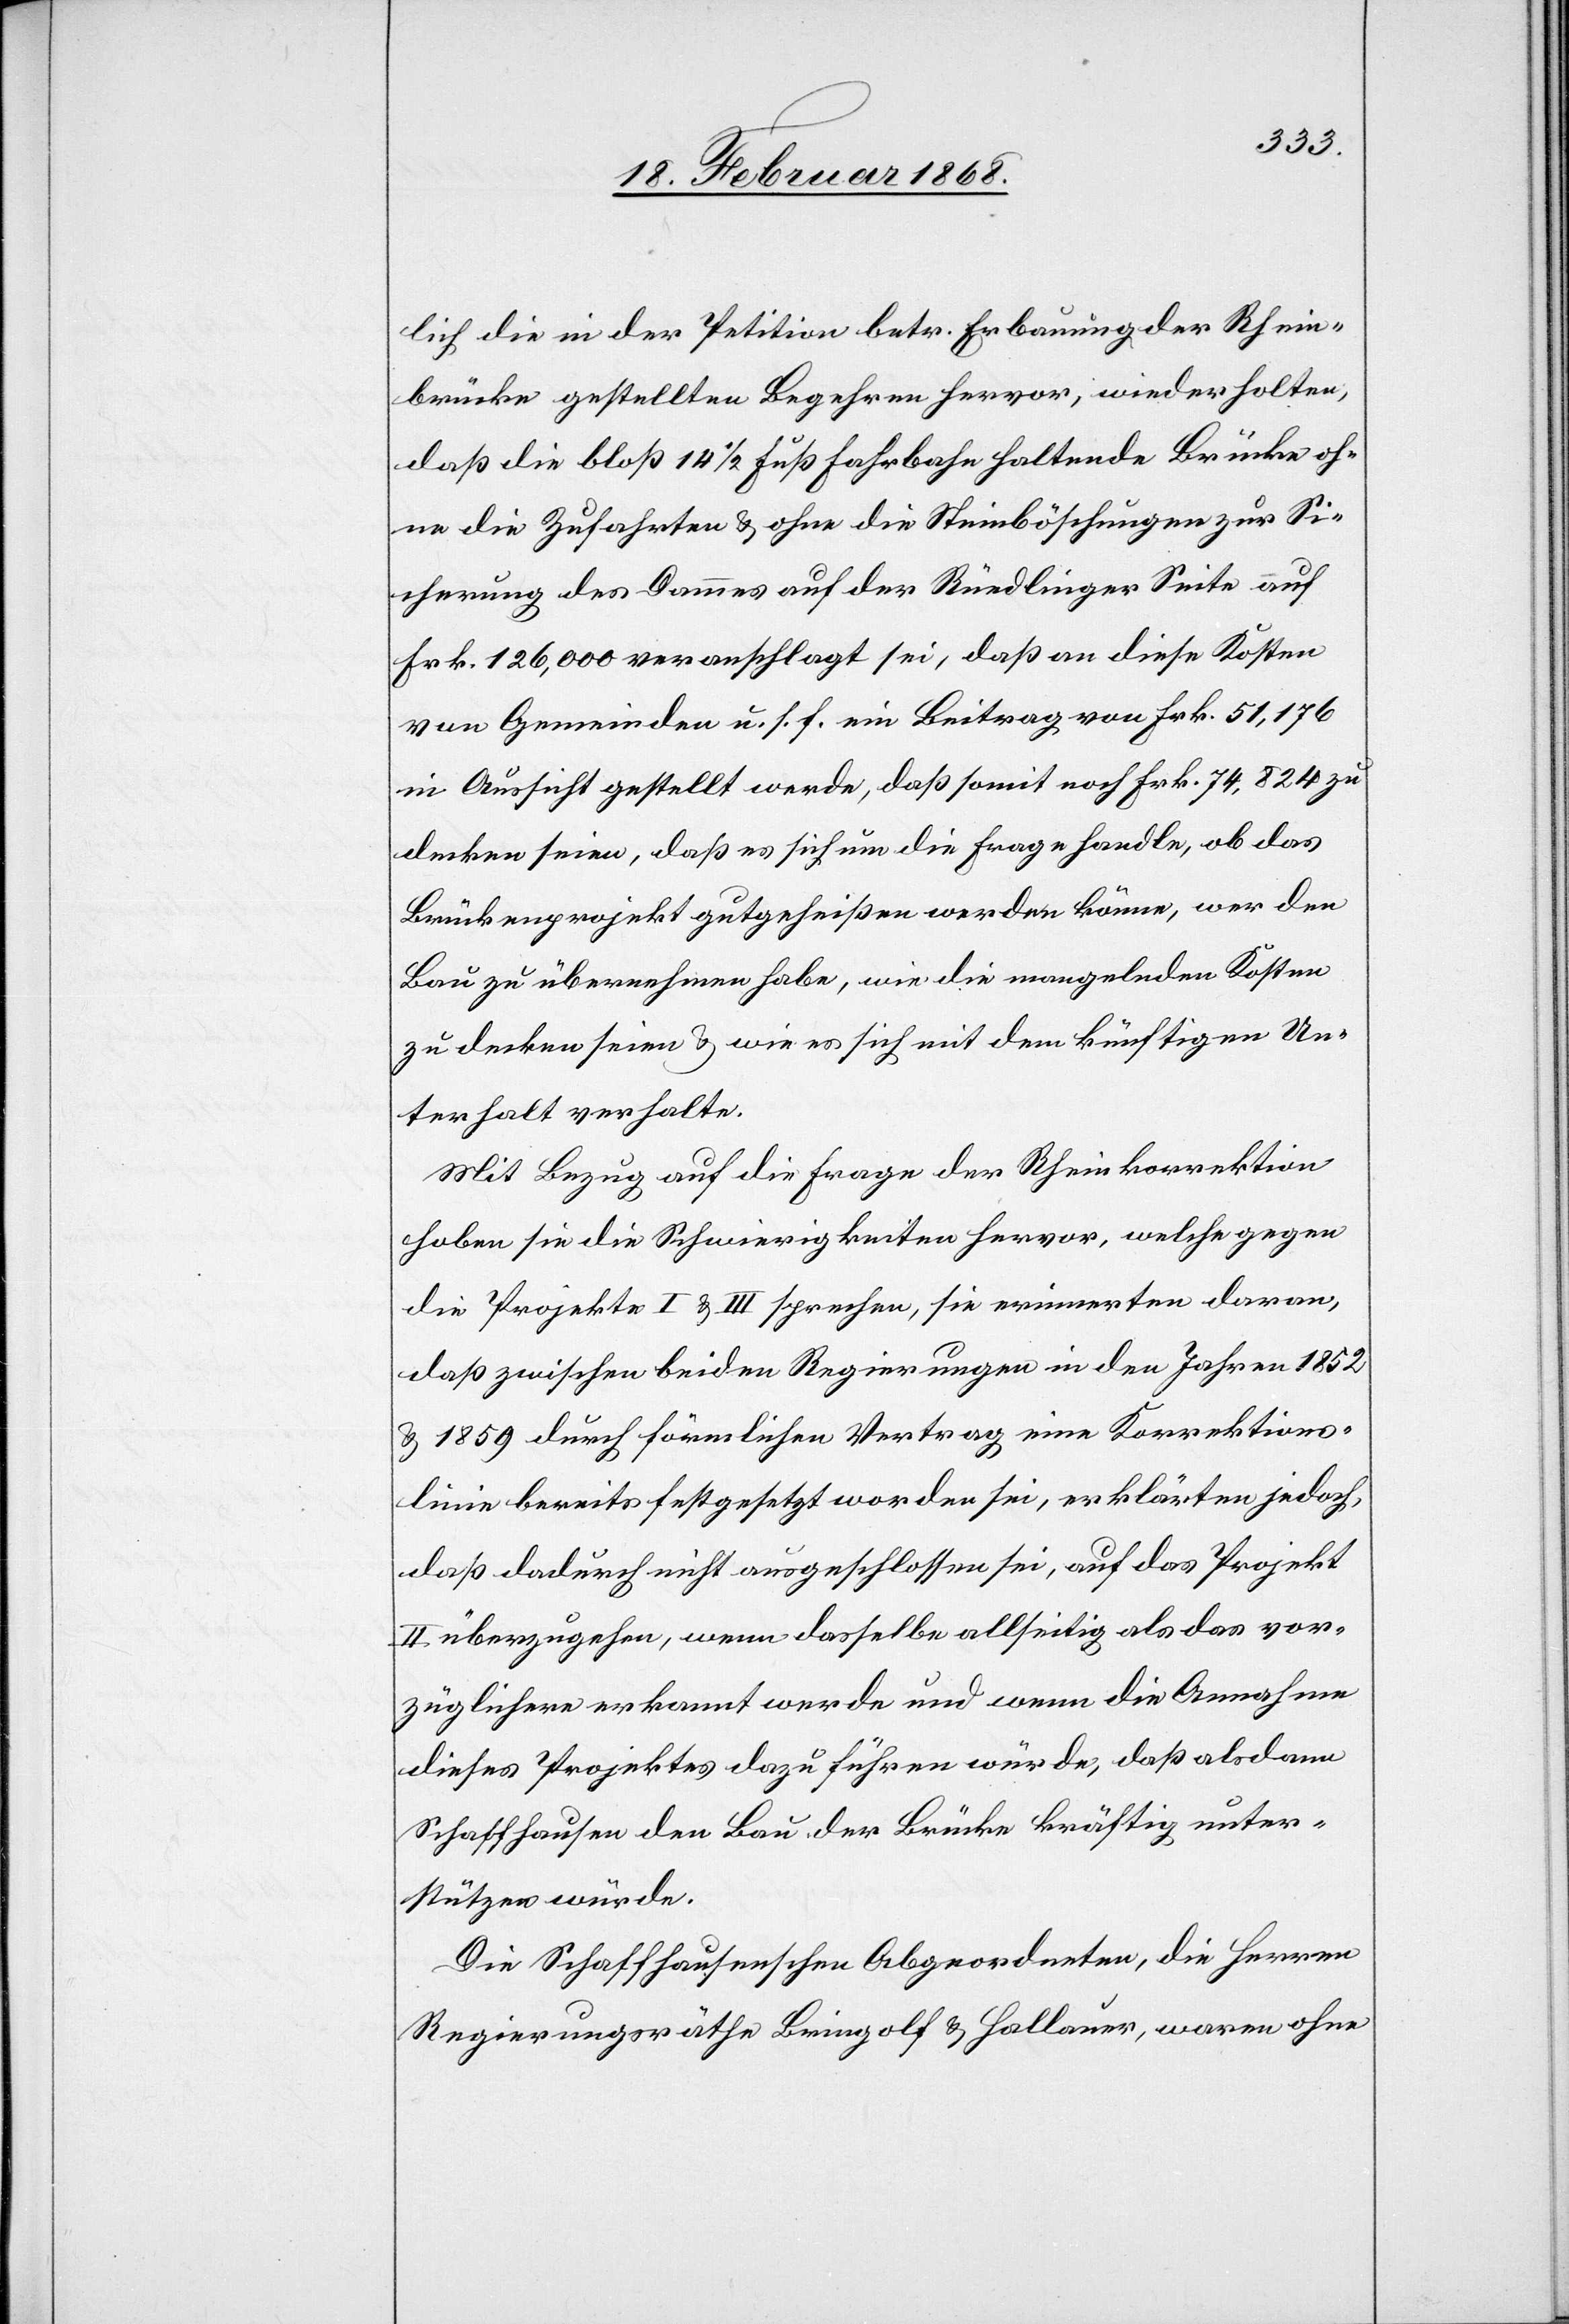
lich die in der Petition betr. Erbauung der Rhein¬
brücke gestellten Begehren hervor, wiederholten,
daß die bloß 14 1/2 Fuß Fahrbahn haltende Brücke oh¬
ne die Zufahrten & ohne die Steinböschungen zur Si¬
cherung des Dammes auf der Rüedlinger Seite auf
Frk. 126,000 veranschlagt sei, daß an diese Kosten
von Gemeinden u. s. f. ein Beitrag von Frk. 51,176
in Aussicht gestellt werde, daß somit noch Frk. 74,824 zu
decken seien, daß es sich um die Frage handle, ob das
Brückenprojekt gutgeheißen werden könne, wer den
Bau zu übernehmen habe, wie die mangelnden Kosten
zu decken seien & wie es sich mit dem künftigen Un¬
terhalt verhalte.
Mit Bezug auf die Frage der Rheinkorrektion
hoben sie die Schwierigkeiten hervor, welche gegen
die Projekte I & III sprechen, sie erinnerten daran,
daß zwischen beiden Regierungen in den Jahren 1852
& 1859 durch förmlichen Vertrag eine Korrektions¬
linie bereits festgesetzt worden sei, erklärten jedoch,
daß dadurch nicht ausgeschlossen sei, auf das Projekt
II überzugehen, wenn dasselbe allseitig als das vor¬
züglichere erkannt werde und wenn die Annahme
dieses Projektes dazu führen würde, daß alsdann
Schaffhausen den Bau der Brücke kräftig unter¬
stützen würde.
Die Schaffhausenschen Abgeordneten, die Herren
Regierungsräthe Bringolf & Hallauer, waren ohne